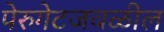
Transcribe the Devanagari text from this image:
पेरुगेटजवळील